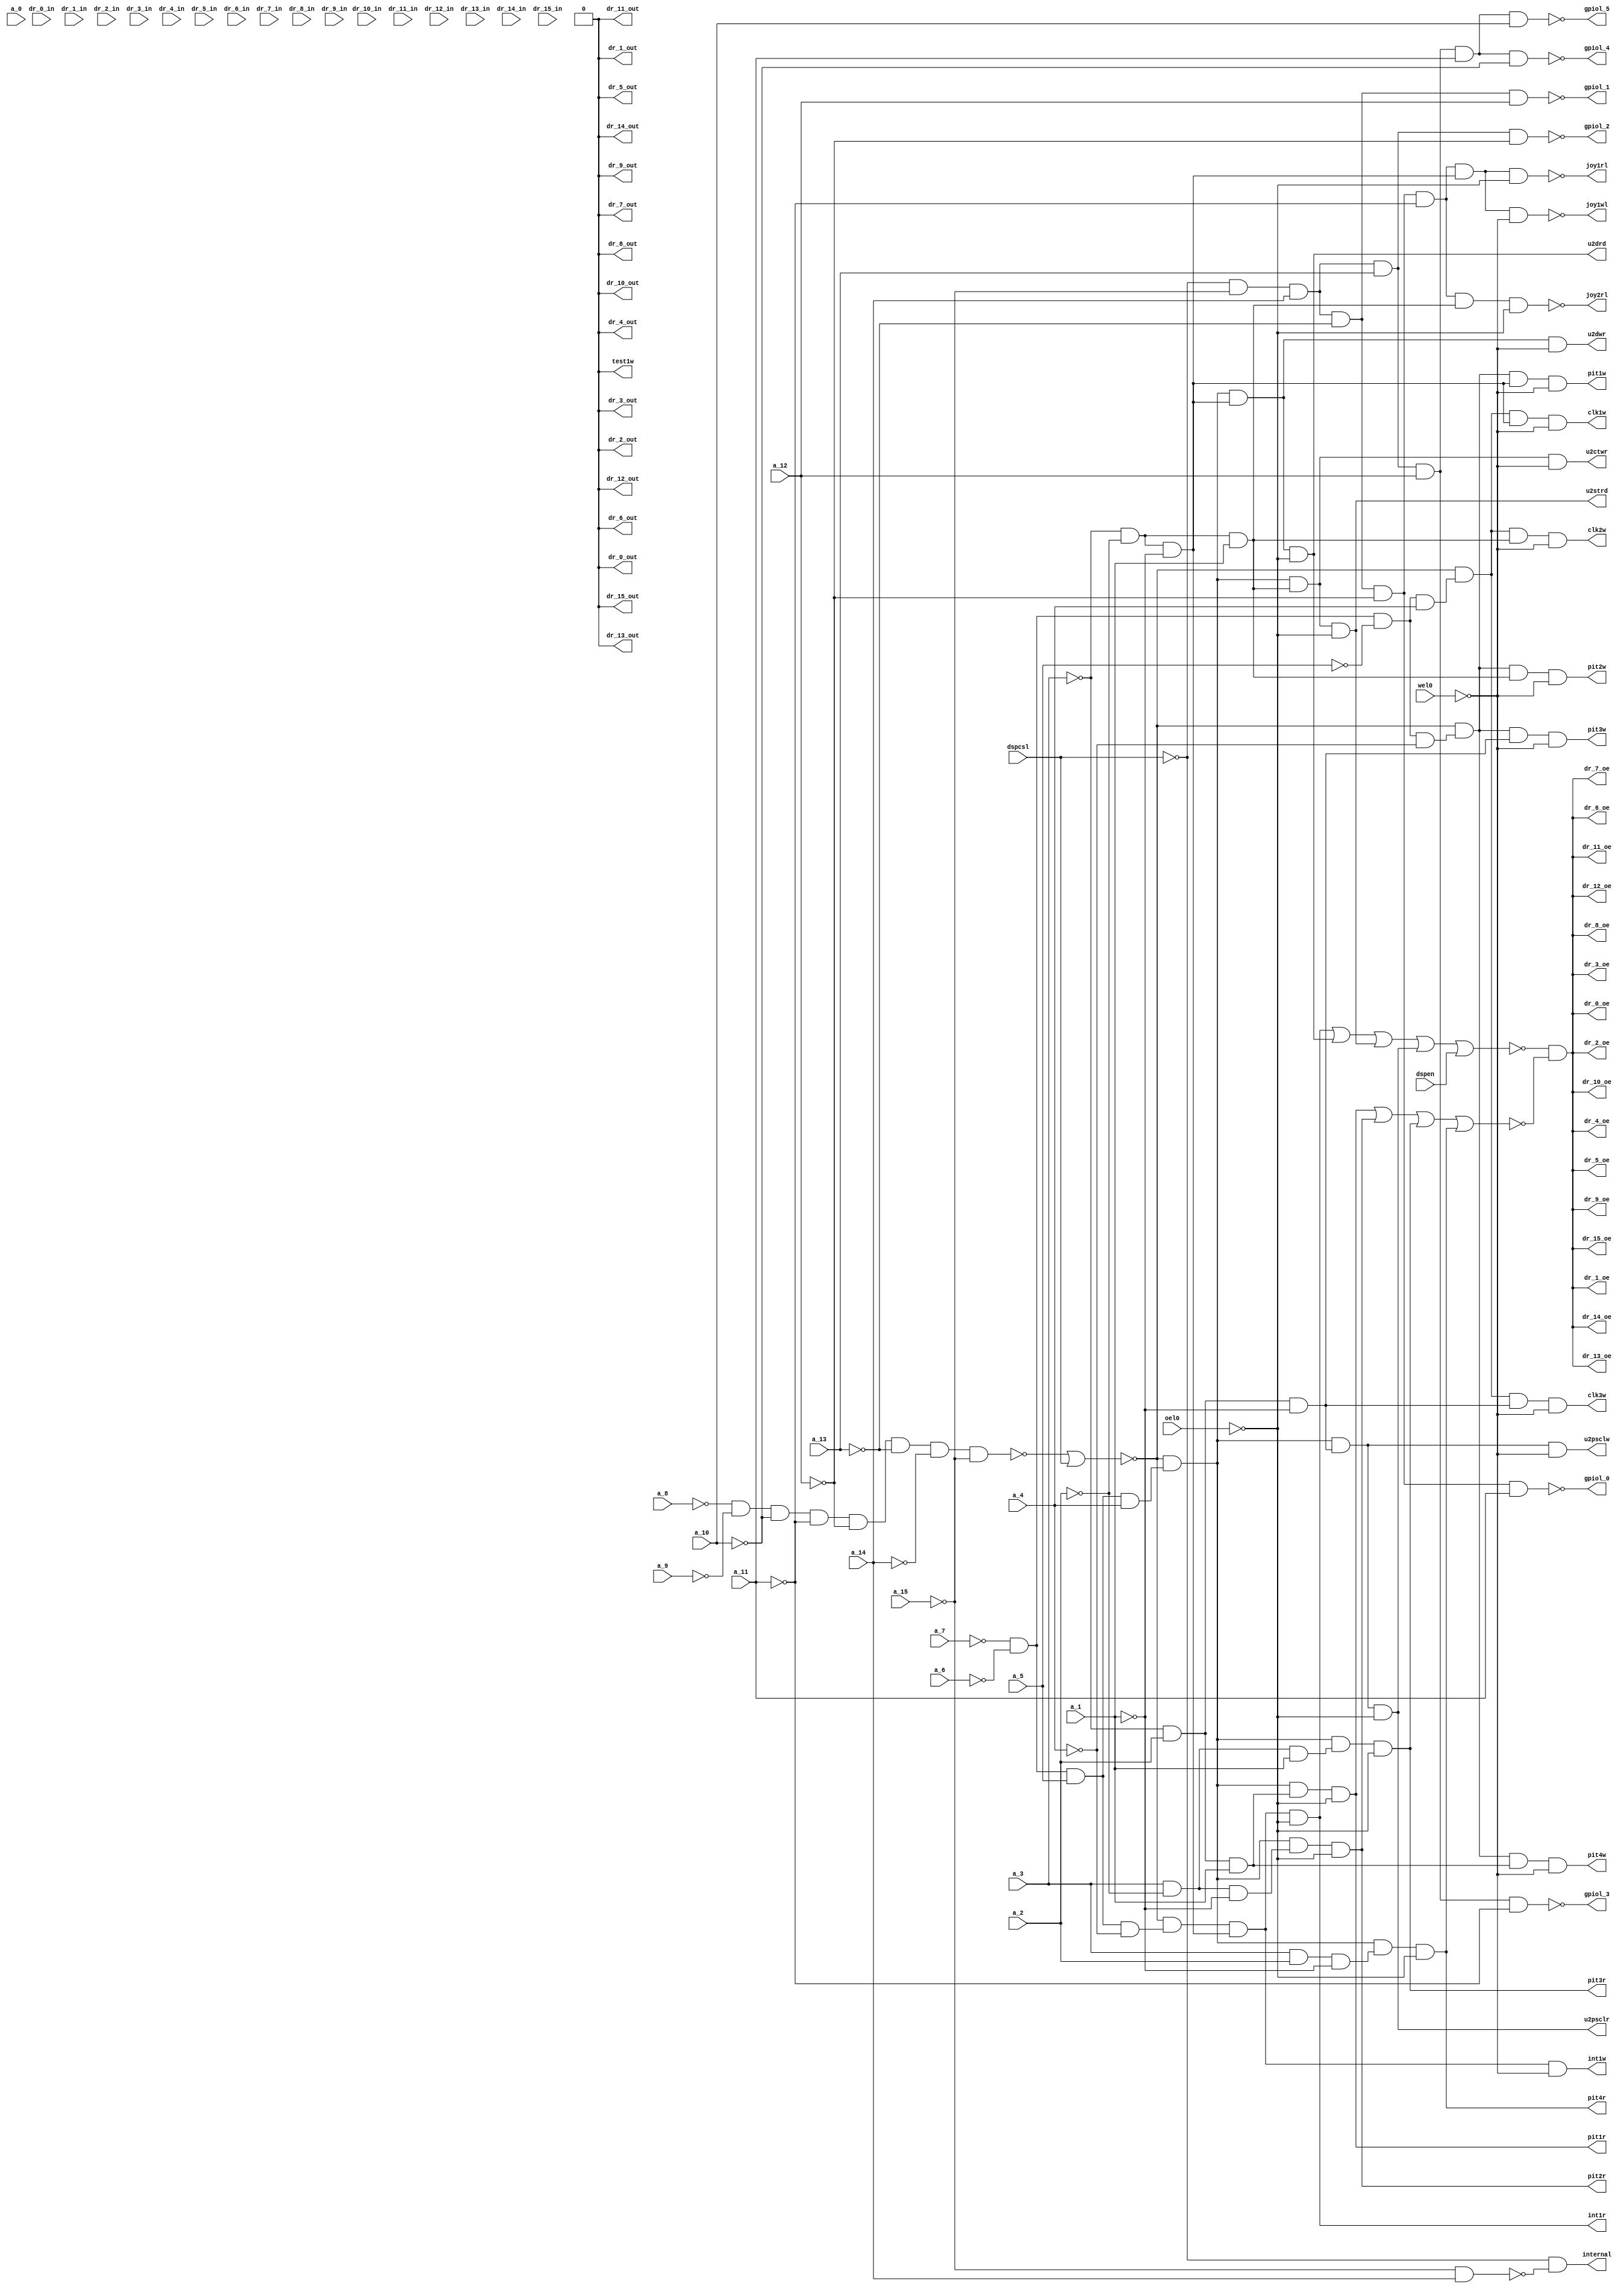
module j_jiodec
(
	input a_0,
	input a_1,
	input a_2,
	input a_3,
	input a_4,
	input a_5,
	input a_6,
	input a_7,
	input a_8,
	input a_9,
	input a_10,
	input a_11,
	input a_12,
	input a_13,
	input a_14,
	input a_15,
	input dspcsl,
	input wel0,
	input oel0,
	input dspen,
	output pit1w,
	output pit2w,
	output pit3w,
	output pit4w,
	output clk1w,
	output clk2w,
	output clk3w,
	output int1w,
	output u2dwr,
	output u2ctwr,
	output u2psclw,
	output test1w,
	output joy1rl,
	output joy2rl,
	output joy1wl,
	output gpiol_0,
	output gpiol_1,
	output gpiol_2,
	output gpiol_3,
	output gpiol_4,
	output gpiol_5,
	output int1r,
	output u2drd,
	output u2strd,
	output u2psclr,
	output pit1r,
	output pit2r,
	output pit3r,
	output pit4r,
	output internal,
	output dr_0_out,
	output dr_0_oe,
	input dr_0_in,
	output dr_1_out,
	output dr_1_oe,
	input dr_1_in,
	output dr_2_out,
	output dr_2_oe,
	input dr_2_in,
	output dr_3_out,
	output dr_3_oe,
	input dr_3_in,
	output dr_4_out,
	output dr_4_oe,
	input dr_4_in,
	output dr_5_out,
	output dr_5_oe,
	input dr_5_in,
	output dr_6_out,
	output dr_6_oe,
	input dr_6_in,
	output dr_7_out,
	output dr_7_oe,
	input dr_7_in,
	output dr_8_out,
	output dr_8_oe,
	input dr_8_in,
	output dr_9_out,
	output dr_9_oe,
	input dr_9_in,
	output dr_10_out,
	output dr_10_oe,
	input dr_10_in,
	output dr_11_out,
	output dr_11_oe,
	input dr_11_in,
	output dr_12_out,
	output dr_12_oe,
	input dr_12_in,
	output dr_13_out,
	output dr_13_oe,
	input dr_13_in,
	output dr_14_out,
	output dr_14_oe,
	input dr_14_in,
	output dr_15_out,
	output dr_15_oe,
	input dr_15_in
);
wire [0:15] addr;
wire gnd;
wire al_1;
wire al_2;
wire al_3;
wire al_4;
wire al_5;
wire al_6;
wire al_7;
wire al_8;
wire al_9;
wire al_10;
wire al_11;
wire al_12;
wire al_13;
wire al_14;
wire al_15;
wire dspcs;
wire wet;
wire oet;
wire nota00xx;
wire i00xxi;
wire i00xx;
wire axxx0;
wire axxx2;
wire axxx4;
wire axxx6;
wire axxx8;
wire axxxa;
wire axxxc;
wire axx0x;
wire axx1x;
wire axx2x;
wire axx3x;
wire axx6x;
wire vcc;
wire notgpio;
wire float1;
wire float2;
wire float3;
wire float;

// Output buffers
wire int1r_obuf;
wire u2drd_obuf;
wire u2strd_obuf;
wire u2psclr_obuf;
wire pit1r_obuf;
wire pit2r_obuf;
wire pit3r_obuf;
wire pit4r_obuf;


// Output buffers
assign int1r = int1r_obuf;
assign u2drd = u2drd_obuf;
assign u2strd = u2strd_obuf;
assign u2psclr = u2psclr_obuf;
assign pit1r = pit1r_obuf;
assign pit2r = pit2r_obuf;
assign pit3r = pit3r_obuf;
assign pit4r = pit4r_obuf;


// JIODEC.NET (31) - addr : join
assign addr[0] = a_0;
assign addr[1] = a_1;
assign addr[2] = a_2;
assign addr[3] = a_3;
assign addr[4] = a_4;
assign addr[5] = a_5;
assign addr[6] = a_6;
assign addr[7] = a_7;
assign addr[8] = a_8;
assign addr[9] = a_9;
assign addr[10] = a_10;
assign addr[11] = a_11;
assign addr[12] = a_12;
assign addr[13] = a_13;
assign addr[14] = a_14;
assign addr[15] = a_15;

// JIODEC.NET (32) - addru : dummy

// JIODEC.NET (34) - gnd : tie0
assign gnd = 1'b0;

// JIODEC.NET (36) - al[1-14] : iv
assign al_1 = ~a_1;
assign al_2 = ~a_2;
assign al_3 = ~a_3;
assign al_4 = ~a_4;
assign al_5 = ~a_5;
assign al_6 = ~a_6;
assign al_7 = ~a_7;
assign al_8 = ~a_8;
assign al_9 = ~a_9;
assign al_10 = ~a_10;
assign al_11 = ~a_11;
assign al_12 = ~a_12;
assign al_13 = ~a_13;
assign al_14 = ~a_14;

// JIODEC.NET (37) - al[15] : ivh
assign al_15 = ~a_15;

// JIODEC.NET (38) - dspcs : ivh
assign dspcs = ~dspcsl;

// JIODEC.NET (39) - wet : ivh
assign wet = ~wel0;

// JIODEC.NET (40) - oet : ivh
assign oet = ~oel0;

// JIODEC.NET (42) - nota00xx_ : nd8
assign nota00xx = ~(al_8 & al_9 & al_10 & al_11 & al_12 & al_13 & al_14 & al_15);

// JIODEC.NET (43) - i00xxi : nr2
assign i00xxi = ~(nota00xx | dspcsl);

// JIODEC.NET (44) - i00xx : nivu
assign i00xx = i00xxi;

// JIODEC.NET (46) - axxx0 : an3h
assign axxx0 = al_3 & al_2 & al_1;

// JIODEC.NET (47) - axxx2 : an3
assign axxx2 = al_3 & al_2 & a_1;

// JIODEC.NET (48) - axxx4 : an3
assign axxx4 = al_3 & a_2 & al_1;

// JIODEC.NET (49) - axxx6 : an3
assign axxx6 = al_3 & a_2 & a_1;

// JIODEC.NET (50) - axxx8 : an3
assign axxx8 = a_3 & al_2 & al_1;

// JIODEC.NET (51) - axxxa : an3
assign axxxa = a_3 & al_2 & a_1;

// JIODEC.NET (52) - axxxc : an3
assign axxxc = a_3 & a_2 & al_1;

// JIODEC.NET (54) - axx0x : an4
assign axx0x = al_7 & al_6 & al_5 & al_4;

// JIODEC.NET (55) - axx1x : an4
assign axx1x = al_7 & al_6 & al_5 & a_4;

// JIODEC.NET (56) - axx2x : an4
assign axx2x = al_7 & al_6 & a_5 & al_4;

// JIODEC.NET (57) - axx3x : an4h
assign axx3x = al_7 & al_6 & a_5 & a_4;

// JIODEC.NET (58) - axx6x : an4
assign axx6x = al_7 & a_6 & a_5 & al_4;

// JIODEC.NET (71) - gpiol[0] : nd6
assign gpiol_0 = ~(dspcs & al_15 & a_14 & al_13 & al_12 & a_11);

// JIODEC.NET (72) - gpiol[1] : nd6
assign gpiol_1 = ~(dspcs & al_15 & a_14 & al_13 & a_12 & vcc);

// JIODEC.NET (73) - gpiol[2] : nd6
assign gpiol_2 = ~(dspcs & al_15 & a_14 & a_13 & al_12 & vcc);

// JIODEC.NET (74) - gpiol[3] : nd6
assign gpiol_3 = ~(dspcs & al_15 & a_14 & a_13 & a_12 & al_11);

// JIODEC.NET (75) - gpiol[4] : nd8
assign gpiol_4 = ~(dspcs & al_15 & a_14 & a_13 & a_12 & a_11 & al_10 & vcc);

// JIODEC.NET (76) - gpiol[5] : nd8
assign gpiol_5 = ~(dspcs & al_15 & a_14 & a_13 & a_12 & a_11 & a_10 & vcc);

// JIODEC.NET (78) - joy1r : nd8
assign joy1rl = ~(dspcs & al_15 & a_14 & al_13 & al_12 & al_11 & axxx0 & oet);

// JIODEC.NET (79) - joy2r : nd8
assign joy2rl = ~(dspcs & al_15 & a_14 & al_13 & al_12 & al_11 & axxx2 & oet);

// JIODEC.NET (80) - joy1w : nd8
assign joy1wl = ~(dspcs & al_15 & a_14 & al_13 & al_12 & al_11 & axxx0 & wet);

// JIODEC.NET (82) - gpio : nd2
assign notgpio = ~(al_15 & a_14);

// JIODEC.NET (83) - internal : an2
assign internal = dspcs & notgpio;

// JIODEC.NET (87) - int1r : an4h
assign int1r_obuf = i00xx & axx2x & axxx0 & oet;

// JIODEC.NET (88) - u2drd : an4h
assign u2drd_obuf = i00xx & axx3x & axxx0 & oet;

// JIODEC.NET (89) - u2strd : an4h
assign u2strd_obuf = i00xx & axx3x & axxx2 & oet;

// JIODEC.NET (90) - u2psclr : an4h
assign u2psclr_obuf = i00xx & axx3x & axxx4 & oet;

// JIODEC.NET (92) - pit1r : an4h
assign pit1r_obuf = i00xx & axx3x & axxx6 & oet;

// JIODEC.NET (93) - pit2r : an4h
assign pit2r_obuf = i00xx & axx3x & axxx8 & oet;

// JIODEC.NET (94) - pit3r : an4h
assign pit3r_obuf = i00xx & axx3x & axxxa & oet;

// JIODEC.NET (95) - pit4r : an4h
assign pit4r_obuf = i00xx & axx3x & axxxc & oet;

// JIODEC.NET (108) - float1 : nr6
assign float1 = ~(int1r_obuf | u2drd_obuf | u2strd_obuf | u2psclr_obuf | dspen | gnd);

// JIODEC.NET (112) - float2 : nr4
assign float2 = ~(pit1r_obuf | pit2r_obuf | pit3r_obuf | pit4r_obuf);

// JIODEC.NET (113) - float3 : an2
assign float3 = float1 & float2;

// JIODEC.NET (115) - float : nivh
assign float = float3;

// JIODEC.NET (116) - dr[0-15] : ts
assign dr_0_out = gnd;
assign dr_0_oe = float;
assign dr_1_out = gnd;
assign dr_1_oe = float;
assign dr_2_out = gnd;
assign dr_2_oe = float;
assign dr_3_out = gnd;
assign dr_3_oe = float;
assign dr_4_out = gnd;
assign dr_4_oe = float;
assign dr_5_out = gnd;
assign dr_5_oe = float;
assign dr_6_out = gnd;
assign dr_6_oe = float;
assign dr_7_out = gnd;
assign dr_7_oe = float;
assign dr_8_out = gnd;
assign dr_8_oe = float;
assign dr_9_out = gnd;
assign dr_9_oe = float;
assign dr_10_out = gnd;
assign dr_10_oe = float;
assign dr_11_out = gnd;
assign dr_11_oe = float;
assign dr_12_out = gnd;
assign dr_12_oe = float;
assign dr_13_out = gnd;
assign dr_13_oe = float;
assign dr_14_out = gnd;
assign dr_14_oe = float;
assign dr_15_out = gnd;
assign dr_15_oe = float;

// JIODEC.NET (120) - pit1w : an4h
assign pit1w = i00xx & axx0x & axxx0 & wet;

// JIODEC.NET (121) - pit2w : an4h
assign pit2w = i00xx & axx0x & axxx2 & wet;

// JIODEC.NET (122) - pit3w : an4h
assign pit3w = i00xx & axx0x & axxx4 & wet;

// JIODEC.NET (123) - pit4w : an4h
assign pit4w = i00xx & axx0x & axxx6 & wet;

// JIODEC.NET (124) - clk1w : an4h
assign clk1w = i00xx & axx1x & axxx0 & wet;

// JIODEC.NET (125) - clk2w : an4h
assign clk2w = i00xx & axx1x & axxx2 & wet;

// JIODEC.NET (126) - clk3w : an4h
assign clk3w = i00xx & axx1x & axxx4 & wet;

// JIODEC.NET (127) - int1w : an4h
assign int1w = i00xx & axx2x & axxx0 & wet;

// JIODEC.NET (128) - u2dwr : an4h
assign u2dwr = i00xx & axx3x & axxx0 & wet;

// JIODEC.NET (129) - u2ctwr : an4h
assign u2ctwr = i00xx & axx3x & axxx2 & wet;

// JIODEC.NET (130) - u2psclw : an4h
assign u2psclw = i00xx & axx3x & axxx4 & wet;

// JIODEC.NET (132) - test1w : tie0
assign test1w = 1'b0;

// JIODEC.NET (134) - vcc : tie1
assign vcc = 1'b1;
endmodule